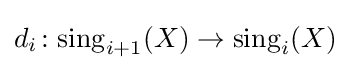
d_{i}\colon \mathrm {sing} _{i+1}(X)\rightarrow \mathrm {sing} _{i}(X)